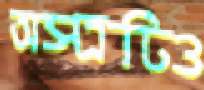
অস্ত্রটিও